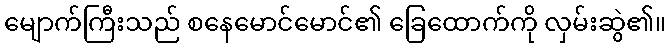
မျောက်ကြီးသည် စနေမောင်မောင်၏ ခြေထောက်ကို လှမ်းဆွဲ၏။